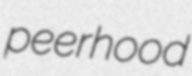
peerhood